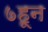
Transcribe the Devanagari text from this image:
७हून